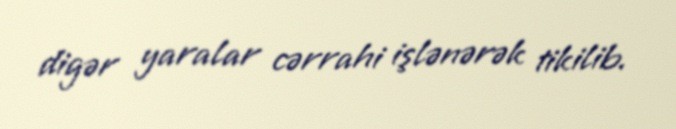
digər yaralar cərrahi işlənərək tikilib.